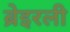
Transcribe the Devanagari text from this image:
ब्रेइरली